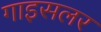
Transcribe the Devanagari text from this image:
गाइसलर